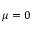
\mu = 0